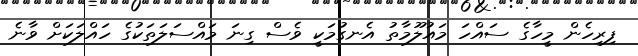
ފިރިހެން މީހާގެ ސައްހަ މައުލޫމާތު އެނގުމަކީ ވެސް ގިނަ މައްސަލަތަކުގެ ހައްލަކަށް ވާނެ